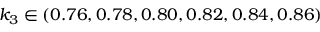
k _ { 3 } \in ( 0 . 7 6 , 0 . 7 8 , 0 . 8 0 , 0 . 8 2 , 0 . 8 4 , 0 . 8 6 )